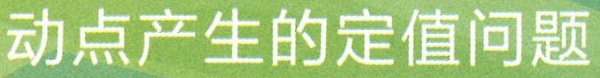
动点产生的定值问题